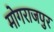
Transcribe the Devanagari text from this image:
मोगराजपुर